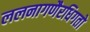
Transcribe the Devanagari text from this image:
ललनागणैरधिगतो